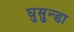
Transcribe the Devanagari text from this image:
घुसुन्डा